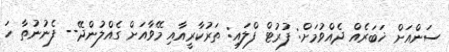
ސަންއަށް ޚަބަރެއް ދެއްވުމަށް: ފުރުޓް ފްލައި: ތަރުކާރީއާއި މޭވާއަށް ގެއްލުންދޭ-- ފެނުނުތާ ހަ